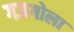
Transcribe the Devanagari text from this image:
गजगोला